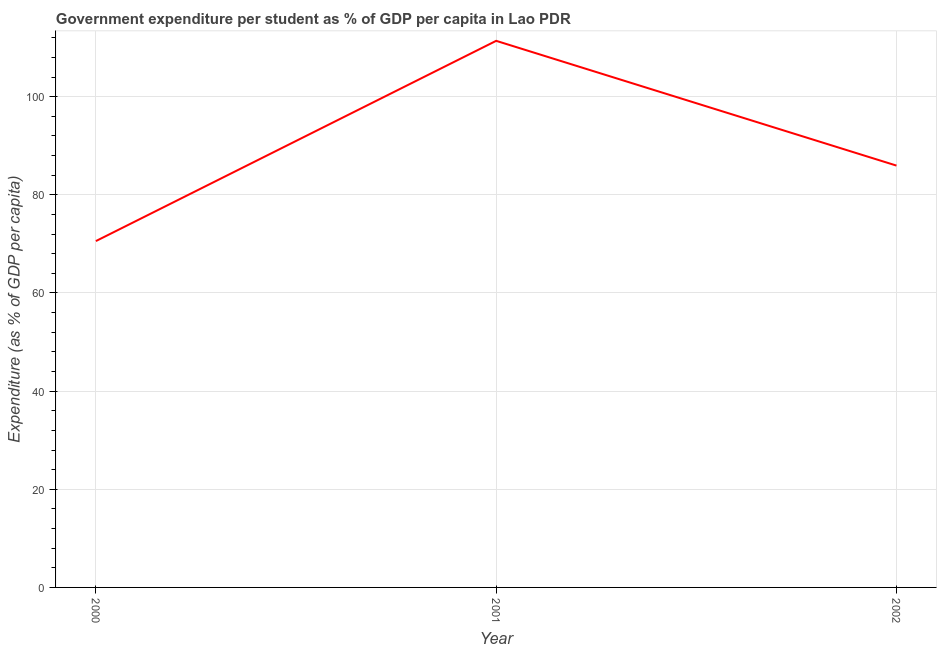
| Year | Government expenditure per tertiary student |
 | --- | --- |
 | 2000 | 70.6 |
 | 2001 | 111 |
 | 2002 | 86 |